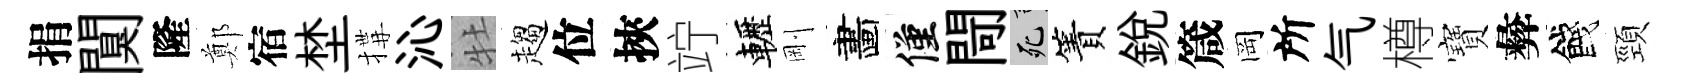
捐闃隆鄭宿埜搆沁牡趨位挾竚轣剛畵僅閜死簀銳箴岡所气樽寶彜餞頸